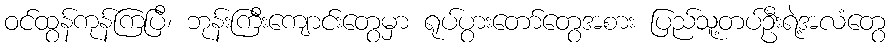
ဝင်ထွန်ကုန်ကြပြီ၊ ဘုန်းကြီးကျောင်းတွေမှာ ရုပ်ပွားတော်တွေအစား ပြည်သူ့တပ်ဦးရဲ့အလံတွေ